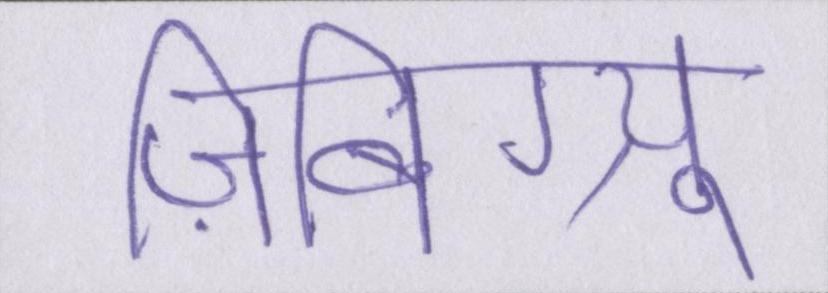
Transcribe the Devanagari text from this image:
ज़िबिग्न्यू